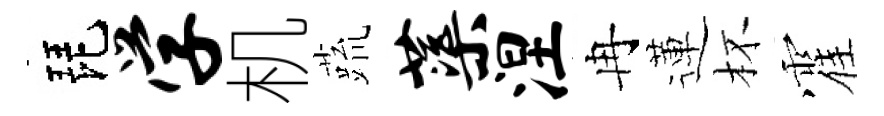
琵学机蔬蕖涅冉蓮杯霍